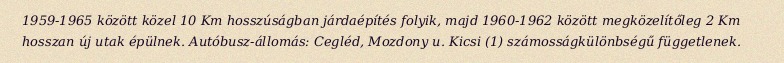
1959-1965 között közel 10 Km hosszúságban járdaépítés folyik, majd 1960-1962 között megközelítőleg 2 Km hosszan új utak épülnek. Autóbusz-állomás: Cegléd, Mozdony u. Kicsi (1) számosságkülönbségű függetlenek.